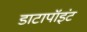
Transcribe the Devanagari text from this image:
डाटापॉइंट